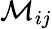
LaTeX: \mathcal M_{ij}